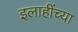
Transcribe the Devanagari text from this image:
इलाहींच्या